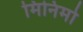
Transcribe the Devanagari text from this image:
मिनिमो